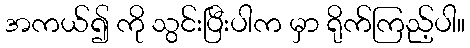
အကယ်၍ ကို သွင်းပြီးပါက မှာ ရိုက်ကြည့်ပါ။